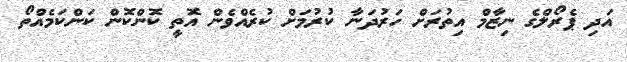
އަދި ޕެރޯލްގެ ނިޒާމް އިތުރަށް ހަރުދަނާ ކުރުމަށް ކުރެއްވެން އޮތީ ކޮންކޮން ކަންކަމެއްތޯ